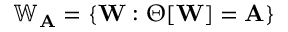
\mathbb { W } _ { \mathbf { A } } = \{ \mathbf { W } : \Theta [ \mathbf { W } ] = \mathbf { A } \}